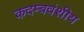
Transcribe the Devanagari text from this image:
कदम्बवंशीय